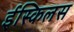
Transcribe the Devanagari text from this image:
ईस्किलस